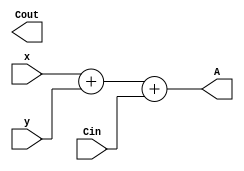
module SomadorCompleto8Bits(
    input [7:0] x,
    input [7:0] y,
    input Cin,
    output reg [7:0] A,
    output reg Cout
);

reg [7:0] sum;
reg [7:0] carry;

always @(x, y, Cin) begin
  sum = x + y + Cin;
  Cout = carry[7];
  A = sum;
end

endmodule